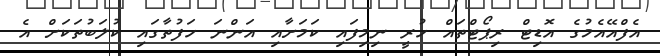
އެފްއޭއެމުގެ އޮޑިޓް ރިޕޯޓްތައް ހުރީ ނިމިފައި ކަމަށާއި އަންނަ ހަފުތާގައި ކުލަބުތަކަށް އެ